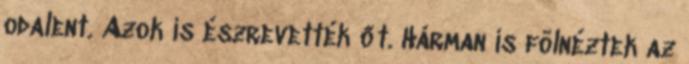
odalent. Azok is észrevették őt. Hárman is fölnéztek az